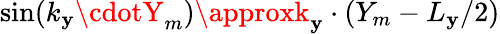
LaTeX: \sin(k_{\mathbf{y}}\cdotY_{m})\approxk_{\mathbf{y}}\cdot(Y_{m}-L_{\mathbf{y}}/2)